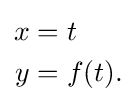
{\begin{aligned}x&=t\\y&=f(t).\end{aligned}}